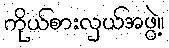
ကိုယ်စားလှယ်အဖွဲ့။